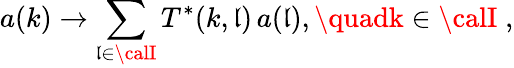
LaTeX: a(k)\to\sum_{\mathfrak{l}\in{\calI}}T^{*}(k,\mathfrak{l})\, a(\mathfrak{l}),\quadk\in{\calI}\; ,